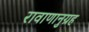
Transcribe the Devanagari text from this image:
रावाणानुग्रह